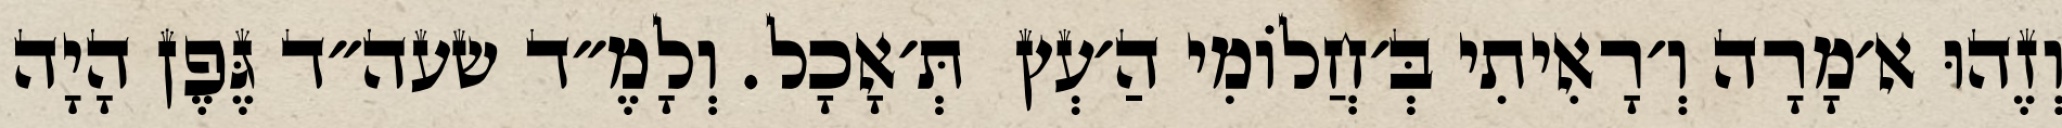
וְזֶהוּ א׳מָרָה וְ׳רָאִיתִי בְּ׳חֲלוֹמִי הַ׳עְץ  תְּ׳אָכָל. וְלָמֶ״ד שעה״ד גֶּפֶן הָיָה